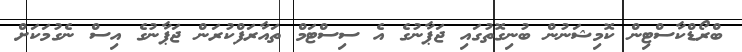
ބްރޯޑްކާސްޓިން ކޮމިޝަނުން ބުނިގޮތުގައި ޖަޕާނުގެ އެ ސިސްޓަމް ތައާރަފްކުރަން ޖަޕާނުގެ އިސް ނެގުމަކަށް